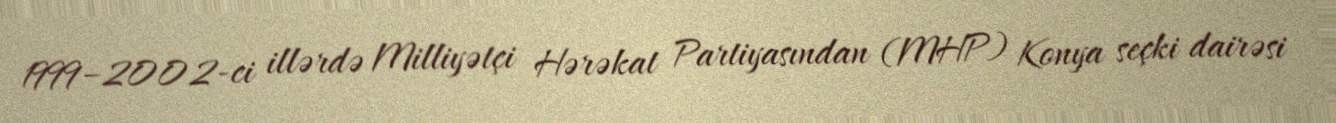
1999–2002-ci illərdə Milliyətçi Hərəkat Partiyasından (MHP) Konya seçki dairəsi